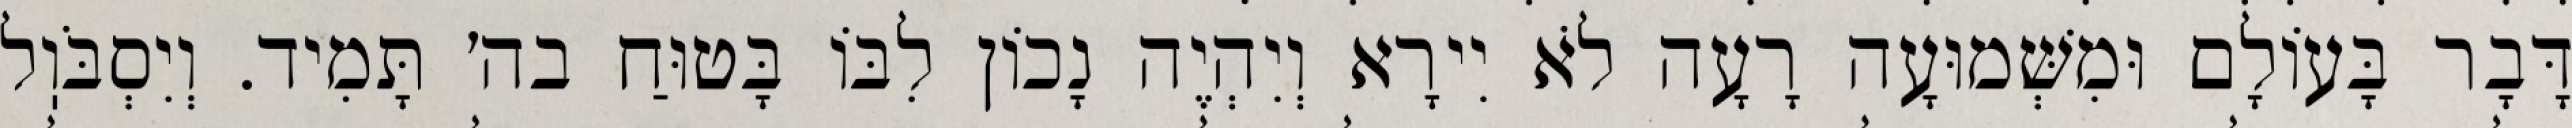
דָּבָר בָּעוֹלָם וּמִשְּׁמוּעָה רָעָה לֹא יִירָא וְיִהְיֶה נָכוֹן לִבּוֹ בָּטוּחַ בה׳ תָּמִיד. וְיִסְבֹּוֽל